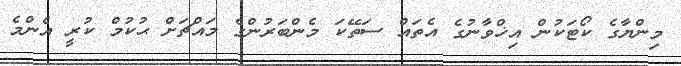
މިންޔާގެ ކޯޓަކުން އިޚްވާނުގެ އެތައް ސަތޭކަ މެންބަރުންގެ މައްޗަށް ޙުކުމް ކުރީ އެންމެ